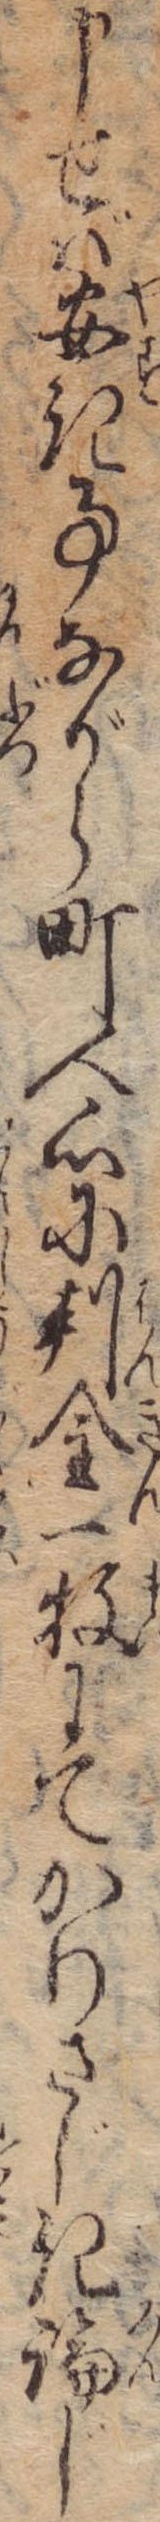
申せば安き事ながら町人心に判金一牧にてかりさじき論じ